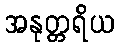
အနုတ္တရိယ